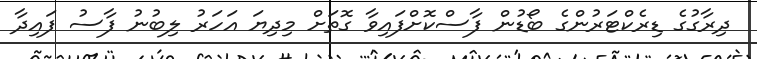
ދިރާގުގެ ޑިރެކްޓަރުންގެ ބޯޑުން ފާސްކޮށްފައިވާ ގޮތަށް މިދިޔަ އަހަރު ލިބުނު ފާސު ފައިދާ